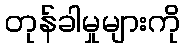
တုန်ခါမှုများကို